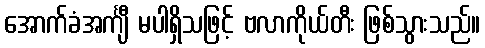
အောက်ခံအင်္ကျီ မပါရှိသဖြင့် ဗလာကိုယ်တီး ဖြစ်သွားသည်။